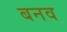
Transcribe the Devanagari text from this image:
बनव